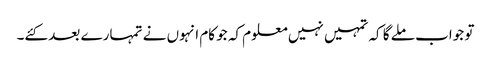
تو جواب ملے گا کہ تمہیں نہیں معلوم کہ جو کام انہوں نے تمہارے بعد کئے۔